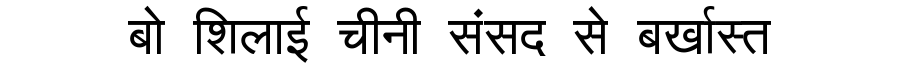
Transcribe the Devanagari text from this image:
बो शिलाई चीनी संसद से बर्खास्त